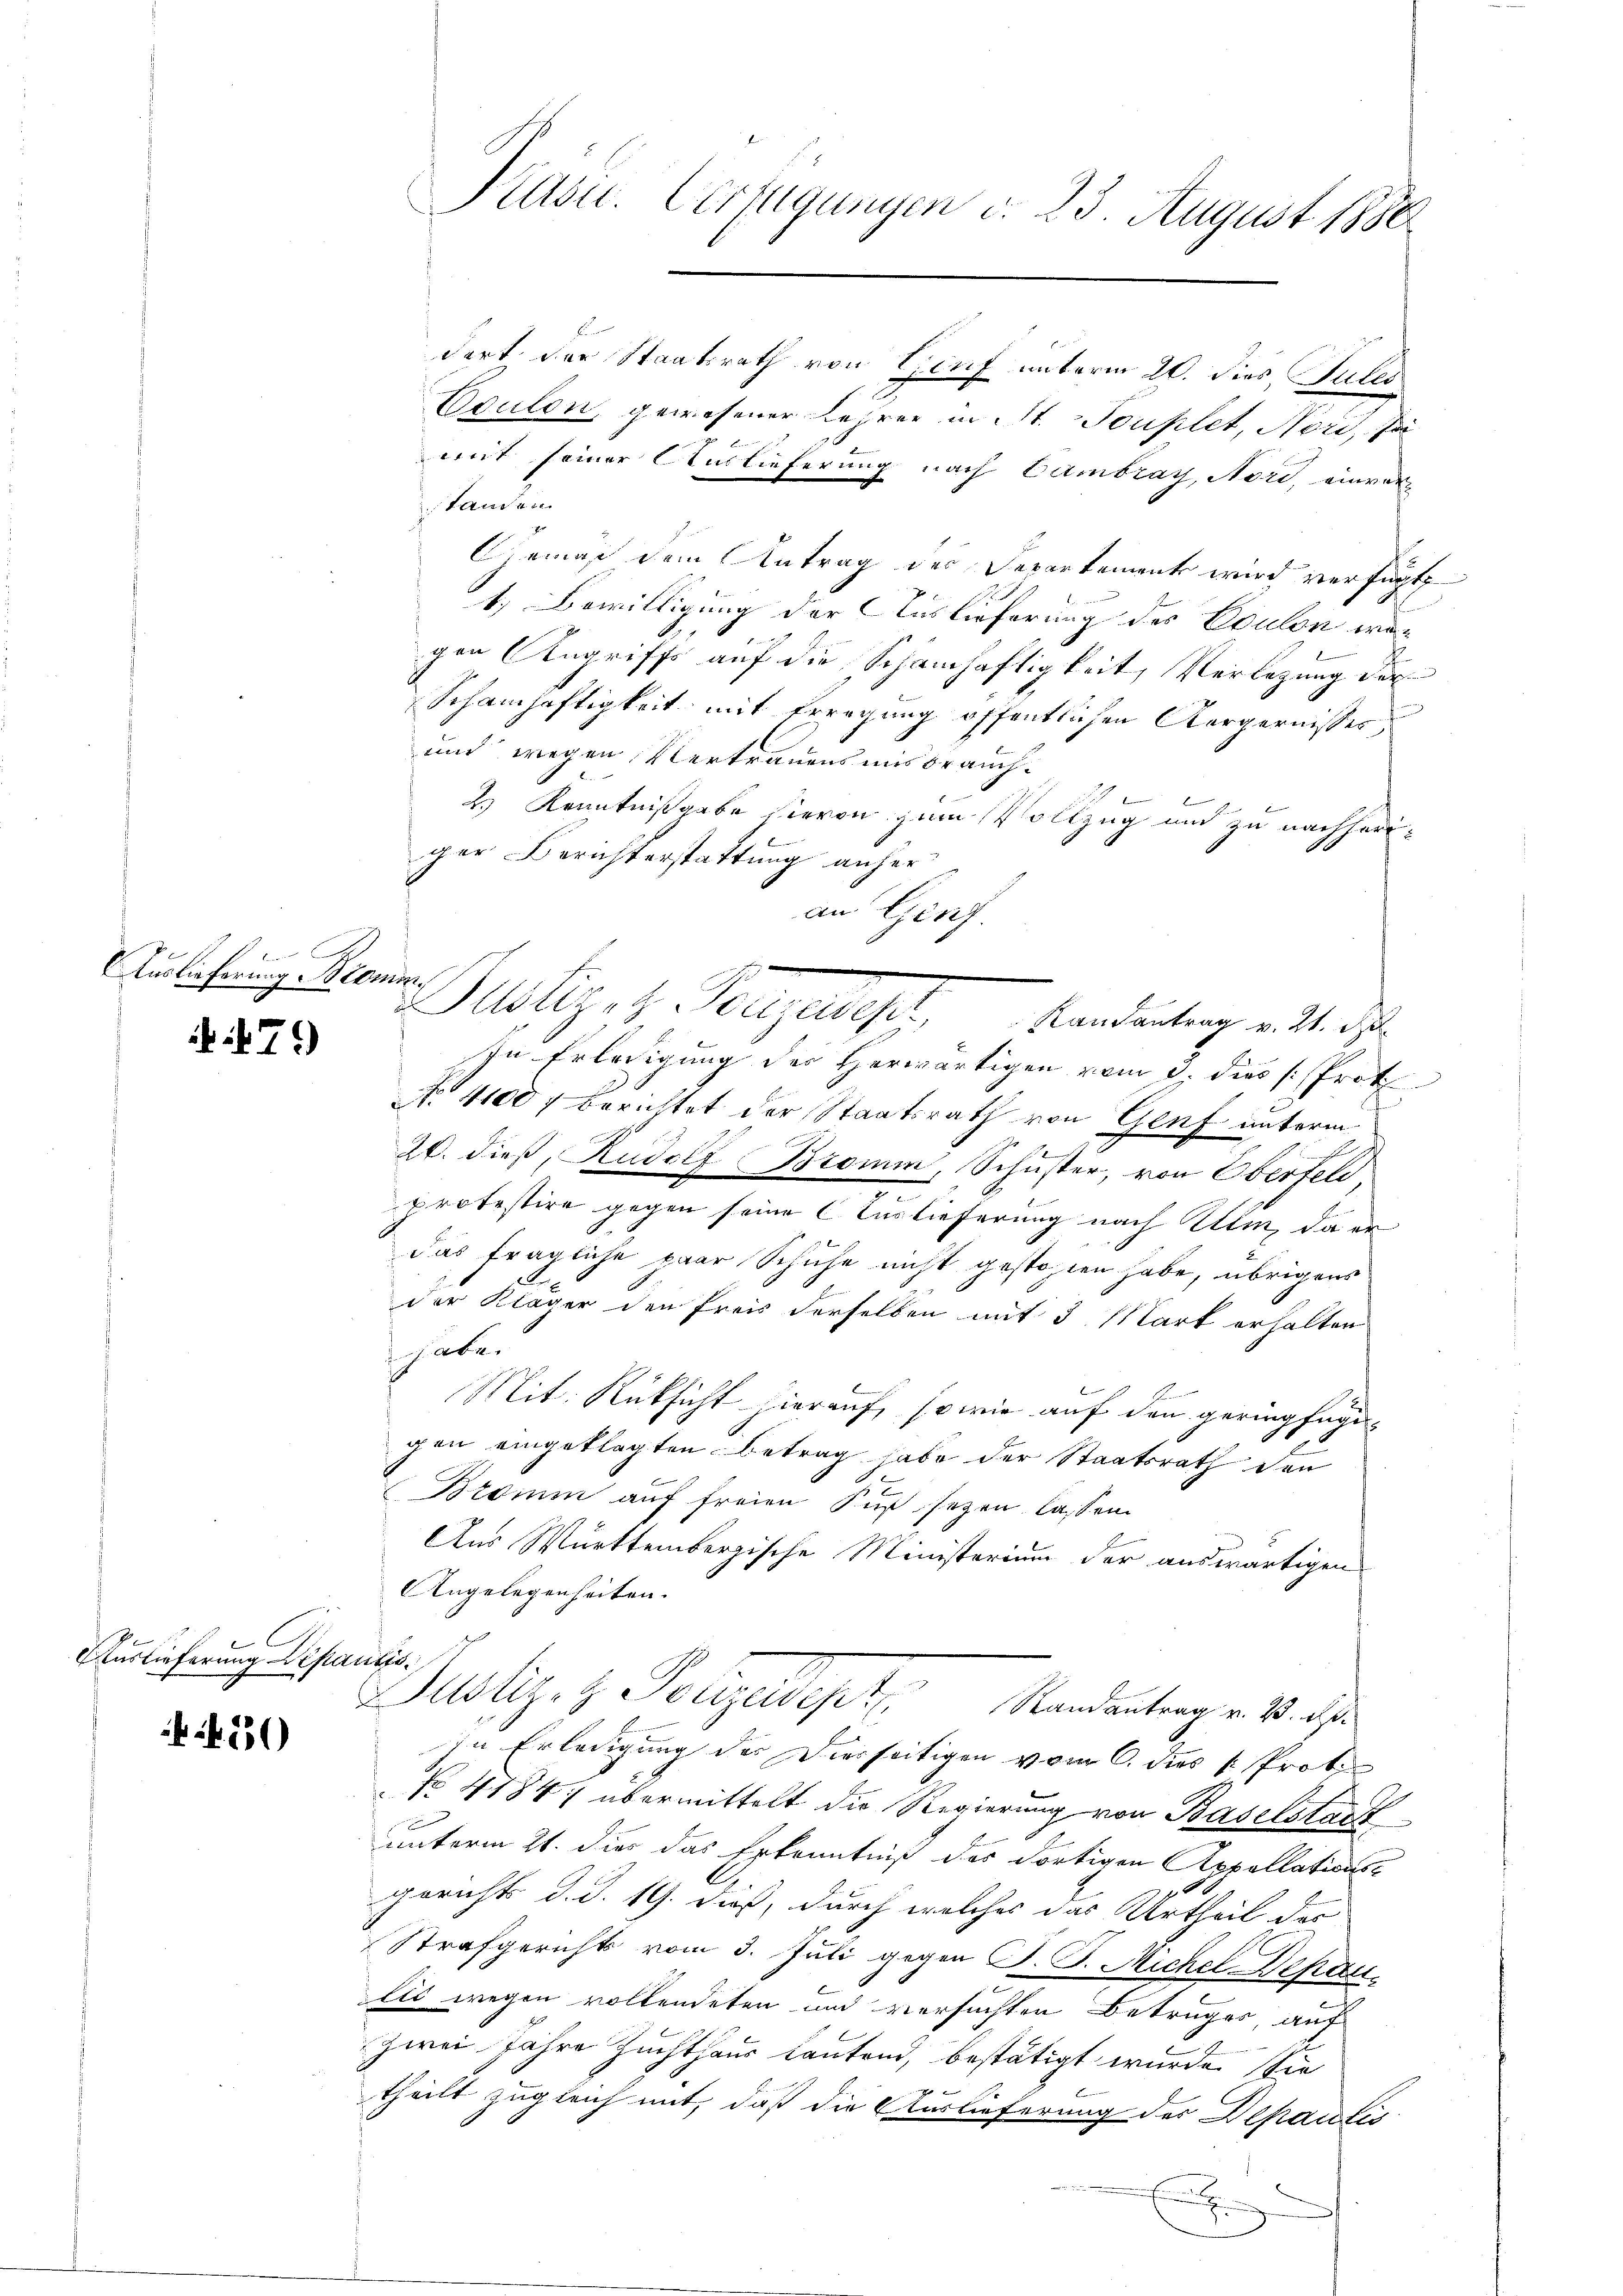
Auslieferung kommen,

7)

C
Auslieferung Departis

150

Präsu. Verfügungen d. 23. August 1880

dert der Staatsrath von Genf unterm 20. dies Pulec
Esulen, gewesener Lehrer in St. Pouplet, Nord, sei
mit seiner Auslieferung nach Cambray, Nord, einvertanden.
Gemäß dem Antrag der Departement wird verfügt
1. Bewilligung der Auslieferung des Coulon wer
gen Angriffe auf die Schamhaftigkeit, Verlegung der
Schamhaftigkeit mit Erregung öffentlichen Aergernisser
und wegen Vertrauensmisbrauchf
2.) Kenntnißgabe hievon zum Vollzug und zu nachheriger Berichterstattung anher
an Genf.
stiz, H. Vorgelegel.   Bedeutung mit de
In Erledigung der Herwärtigen vom 3. dies [Prot
No 1100 f berichtet der Staatsrath von Genf unterm
20. dieß, Rudolf Bromm, Schuster, von Oberfeld,
protestire gegen seine Auslieferung nach Ulm, da er
das fragliche paar Schuhe nicht gestohlen habe, übrigens
der Kläger den Preis derselben mit 3 Mark erhalten
sch abe
Mit Rüksicht hierauf, so wie auf den geringfügi
gen eingeklagten Betrag habe der Staatsrath den
Bramm auf freien Fuß sezen lassen.
Aus Württembergische Ministerium der auswärtigen
Angelegenheiten.
Justiz- & Polizeien Randantrag v. 23. ds.
In Erledigung des Diesseitigen vom 6. dies /: Prof.
No 4184, übermittelt die Regierung von Baselstatt
unterm 21. dies das Erkenntniß des dortigen Appellations-
1
gericht d. d. 19. dieß, durch welches das Urtheil der
Strafgerichts vom 3. Juli gegen J. P. Michel-Depa
lis wegen vollendeten und versuchten Betruges auf
zwei Jahre Zuchthaus lautend, bestätigt wurde. Sie
theilt zugleich mit, daß die Auslieferung des Departis
x